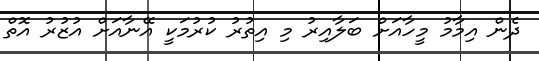
ދެން އިމާމު މީހާއަށް ބަލާއިރު މި އިތުރު ކުރުމަކީ އޭނާއަށް އުޒުރު އޮތް